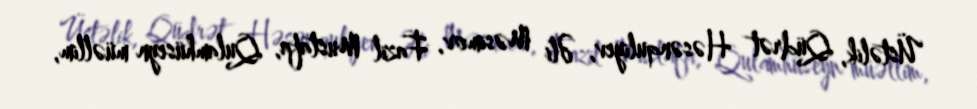
Üstəlik, Qüdrət Həsənquliyev, Əli Məsimov, Fazil Mustafa, Qulamhüseyn müəllim,